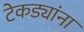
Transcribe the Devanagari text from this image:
टेकड्यांना